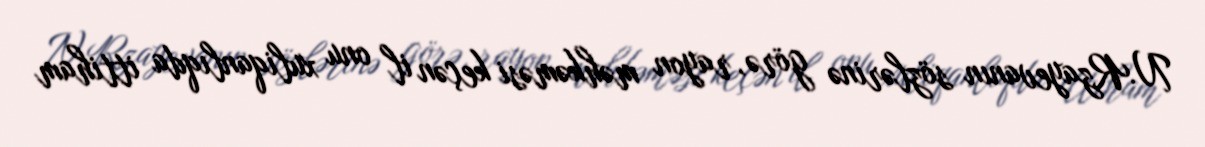
N.Rzayevanın sözlərinə görə, rayon məhkəməsi keçən il onu xuliqanlıqda ittiham